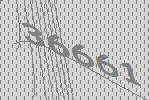
36661